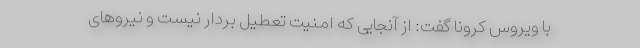
با ویروس کرونا گفت: از آنجایی که امنیت تعطیل بردار نیست و نیروهای